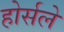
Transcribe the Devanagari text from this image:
होर्सले